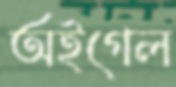
অইগেল